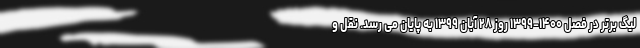
لیگ برتر در فصل ۱۴۰۰-۱۳۹۹ روز ۲۸ آبان ۱۳۹۹ به پایان می رسد. نقل و